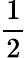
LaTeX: \frac 12